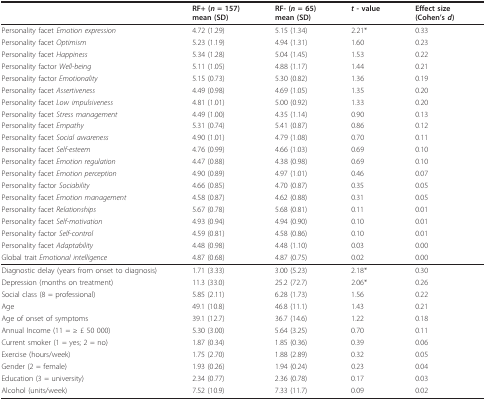
<table><thead><tr><td></td><td><b>RF+ (<i>n </i>= 157)mean (SD)</b></td><td><b>RF- (<i>n </i>= 65)mean (SD)</b></td><td><b><i>t </i>- value</b></td><td><b>Effect size(Cohen&#x27;s <i>d</i>)</b></td></tr></thead><tbody><tr><td>Personality facet <i>Emotion expression</i></td><td>4.72 (1.29)</td><td>5.15 (1.34)</td><td>2.21*</td><td>0.33</td></tr><tr><td>Personality facet <i>Optimism</i></td><td>5.23 (1.19)</td><td>4.94 (1.31)</td><td>1.60</td><td>0.23</td></tr><tr><td>Personality facet <i>Happiness</i></td><td>5.34 (1.28)</td><td>5.04 (1.45)</td><td>1.53</td><td>0.22</td></tr><tr><td>Personality factor <i>Well-being</i></td><td>5.11 (1.05)</td><td>4.88 (1.17)</td><td>1.44</td><td>0.21</td></tr><tr><td>Personality factor <i>Emotionality</i></td><td>5.15 (0.73)</td><td>5.30 (0.82)</td><td>1.36</td><td>0.19</td></tr><tr><td>Personality facet <i>Assertiveness</i></td><td>4.49 (0.98)</td><td>4.69 (1.05)</td><td>1.35</td><td>0.20</td></tr><tr><td>Personality facet <i>Low impulsiveness</i></td><td>4.81 (1.01)</td><td>5.00 (0.92)</td><td>1.33</td><td>0.20</td></tr><tr><td>Personality facet <i>Stress management</i></td><td>4.49 (1.00)</td><td>4.35 (1.14)</td><td>0.90</td><td>0.13</td></tr><tr><td>Personality facet <i>Empathy</i></td><td>5.31 (0.74)</td><td>5.41 (0.87)</td><td>0.86</td><td>0.12</td></tr><tr><td>Personality facet <i>Social awareness</i></td><td>4.90 (1.01)</td><td>4.79 (1.08)</td><td>0.70</td><td>0.11</td></tr><tr><td>Personality facet <i>Self-esteem</i></td><td>4.76 (0.99)</td><td>4.66 (1.03)</td><td>0.69</td><td>0.10</td></tr><tr><td>Personality facet <i>Emotion regulation</i></td><td>4.47 (0.88)</td><td>4.38 (0.98)</td><td>0.69</td><td>0.10</td></tr><tr><td>Personality facet <i>Emotion perception</i></td><td>4.90 (0.89)</td><td>4.97 (1.01)</td><td>0.46</td><td>0.07</td></tr><tr><td>Personality factor <i>Sociability</i></td><td>4.66 (0.85)</td><td>4.70 (0.87)</td><td>0.35</td><td>0.05</td></tr><tr><td>Personality facet <i>Emotion management</i></td><td>4.58 (0.87)</td><td>4.62 (0.88)</td><td>0.31</td><td>0.05</td></tr><tr><td>Personality facet <i>Relationships</i></td><td>5.67 (0.78)</td><td>5.68 (0.81)</td><td>0.11</td><td>0.01</td></tr><tr><td>Personality facet <i>Self-motivation</i></td><td>4.93 (0.94)</td><td>4.94 (0.90)</td><td>0.10</td><td>0.01</td></tr><tr><td>Personality factor <i>Self-control</i></td><td>4.59 (0.81)</td><td>4.58 (0.86)</td><td>0.10</td><td>0.01</td></tr><tr><td>Personality facet <i>Adaptability</i></td><td>4.48 (0.98)</td><td>4.48 (1.10)</td><td>0.03</td><td>0.00</td></tr><tr><td>Global trait <i>Emotional intelligence</i></td><td>4.87 (0.68)</td><td>4.87 (0.75)</td><td>0.02</td><td>0.00</td></tr><tr><td>Diagnostic delay (years from onset to diagnosis)</td><td>1.71 (3.33)</td><td>3.00 (5.23)</td><td>2.18*</td><td>0.30</td></tr><tr><td>Depression (months on treatment)</td><td>11.3 (33.0)</td><td>25.2 (72.7)</td><td>2.06*</td><td>0.26</td></tr><tr><td>Social class (8 = professional)</td><td>5.85 (2.11)</td><td>6.28 (1.73)</td><td>1.56</td><td>0.22</td></tr><tr><td>Age</td><td>49.1 (10.8)</td><td>46.8 (11.1)</td><td>1.43</td><td>0.21</td></tr><tr><td>Age of onset of symptoms</td><td>39.1 (12.7)</td><td>36.7 (14.6)</td><td>1.22</td><td>0.18</td></tr><tr><td>Annual Income (11 = ≥ £ 50 000)</td><td>5.30 (3.00)</td><td>5.64 (3.25)</td><td>0.70</td><td>0.11</td></tr><tr><td>Current smoker (1 = yes; 2 = no)</td><td>1.87 (0.34)</td><td>1.85 (0.36)</td><td>0.39</td><td>0.06</td></tr><tr><td>Exercise (hours/week)</td><td>1.75 (2.70)</td><td>1.88 (2.89)</td><td>0.32</td><td>0.05</td></tr><tr><td>Gender (2 = female)</td><td>1.93 (0.26)</td><td>1.94 (0.24)</td><td>0.23</td><td>0.04</td></tr><tr><td>Education (3 = university)</td><td>2.34 (0.77)</td><td>2.36 (0.78)</td><td>0.17</td><td>0.03</td></tr><tr><td>Alcohol (units/week)</td><td>7.52 (10.9)</td><td>7.33 (11.7)</td><td>0.09</td><td>0.02</td></tr></tbody></table>